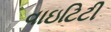
વાઇટિટી